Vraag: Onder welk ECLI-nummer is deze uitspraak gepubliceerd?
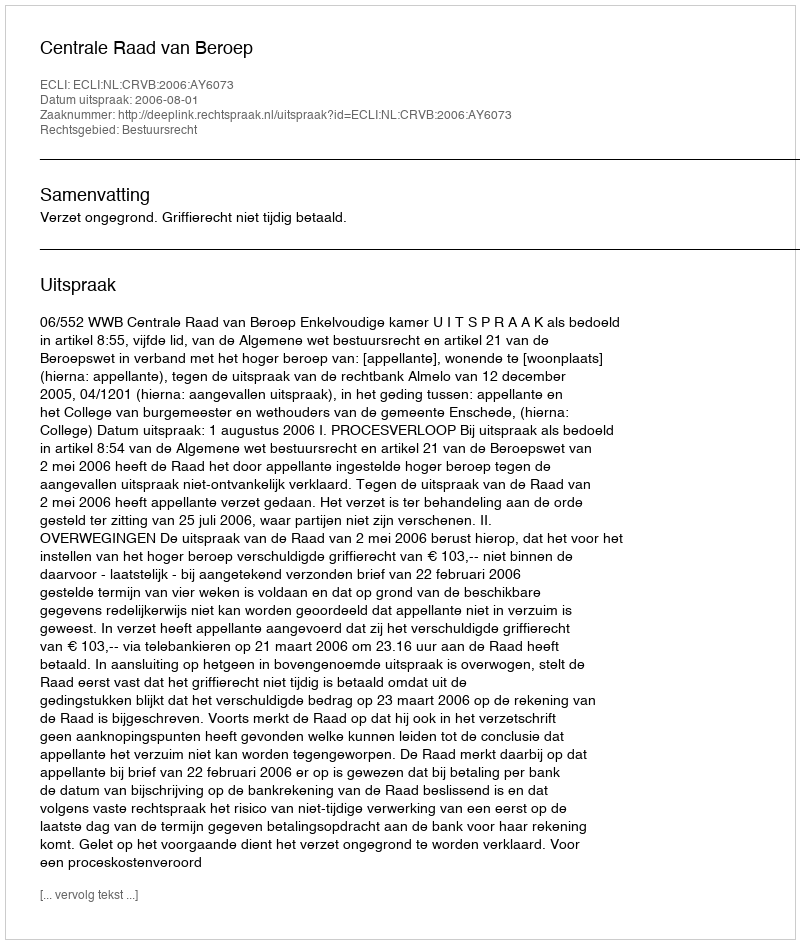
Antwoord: ECLI:NL:CRVB:2006:AY6073